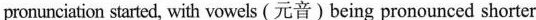
pronunciation started, with vowels (元音)being pronounced shorter